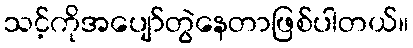
သင့်ကိုအပျော်တွဲနေတာဖြစ်ပါတယ်။